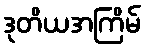
ဒုတိယအကြိမ်